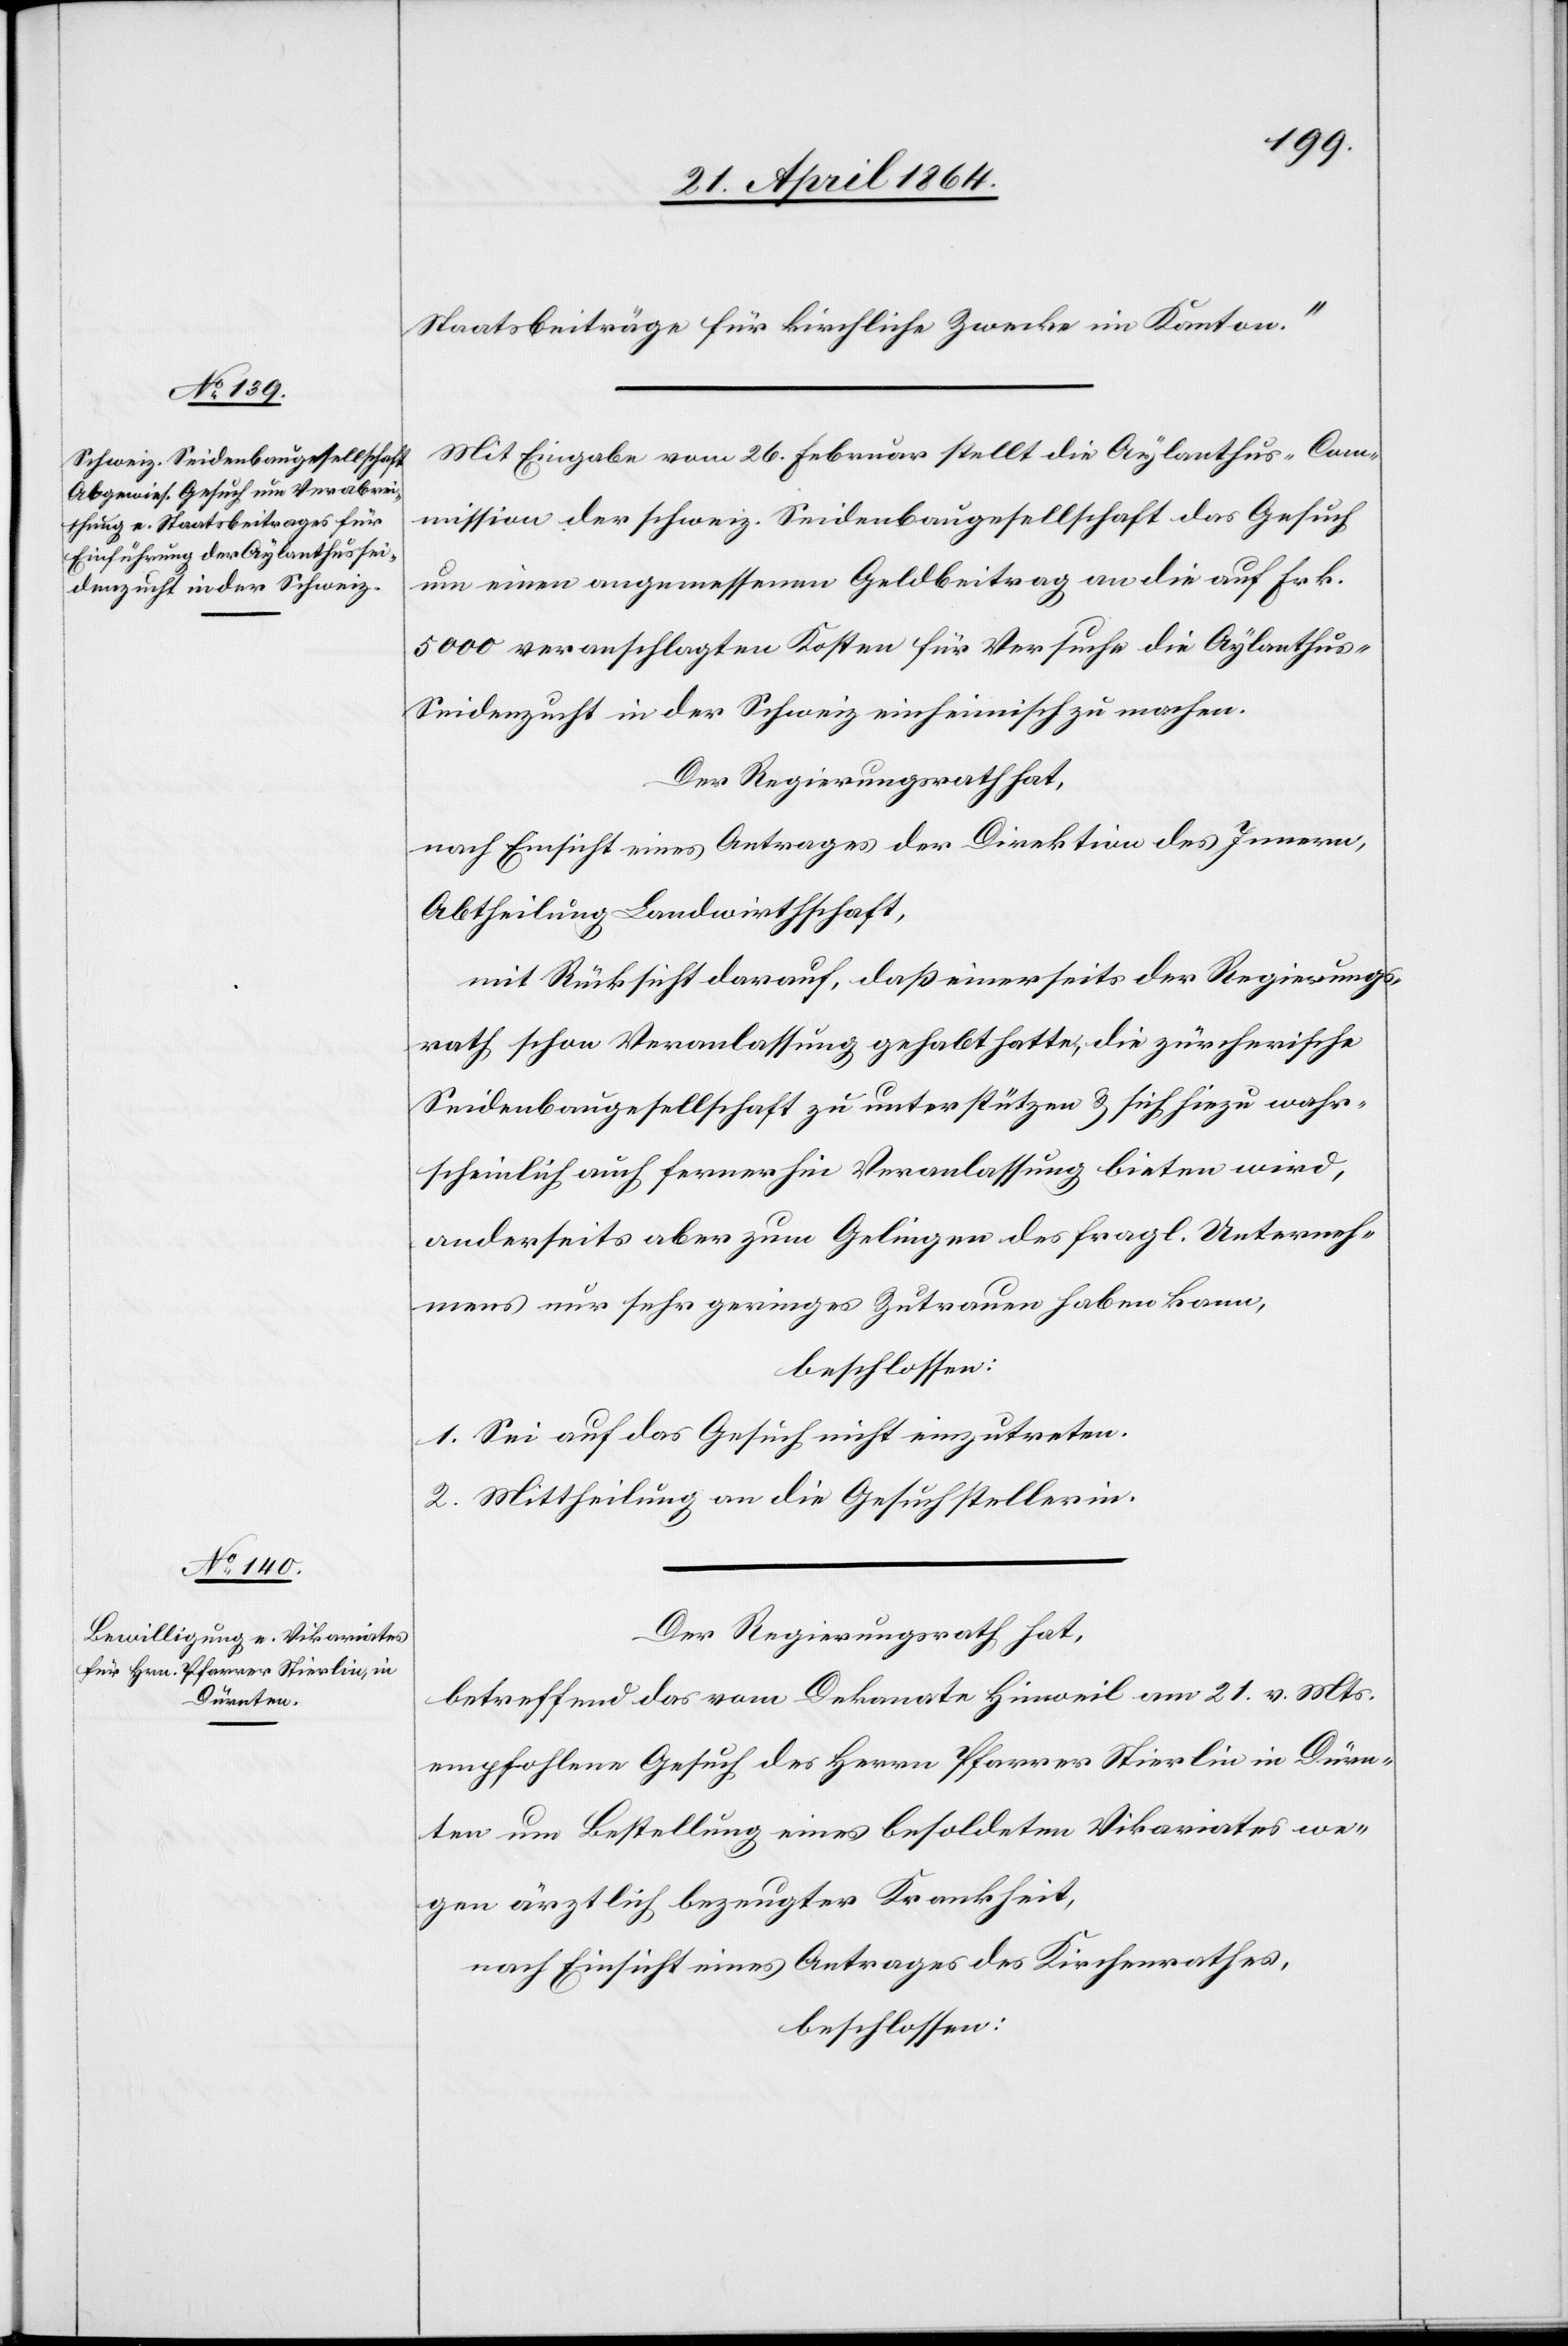
Staatsbeiträge für kirchliche Zwecke im Kanton.“
Mit Eingabe vom 26. Februar stellt die Aylanthus-Com¬
mission der schweiz. Seidenbaugesellschaft das Gesuch
um einen angemessenen Geldbeitrag an die auf Frk.
5000 veranschlagten Kosten für Versuche die Aylanthu¬
s-Seidenzucht in der Schweiz einheimisch zu machen.
Der Regierungsrath hat,
nach Einsicht eines Antrages der Direktion des Innern,
Abtheilung Landwirthschaft,
mit Rücksicht darauf, daß einerseits der Regierungs¬
rath schon Veranlassung gehabt hatte, die zürcherische
Seidenbaugesellschaft zu unterstützen u. sich hiezu wahr¬
scheinlich auch fernerhin Veranlassung bieten wird,
anderseits aber zum Gelingen des fragl. Unterneh¬
mens nur sehr geringes Zutrauen haben kann,
beschlossen:
1. Sei auf das Gesuch nicht einzutreten.
2. Mittheilung an die Gesuchstellerin.
Der Regierungsrath hat,
betreffend das vom Dekanate Hinweil am 21. v. Mts.
empfohlene Gesuch des Herrn Pfarrer Stierlin in Dürn¬
ten um Bestellung eines besoldeten Vikariates we¬
gen ärztlich bezeugter Krankheit,
nach Einsicht eines Antrages des Kirchenrathes,
beschlossen: